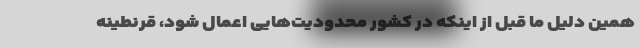
همین دلیل ما قبل از اینکه در کشور محدودیت‌هایی اعمال شود، قرنطینه